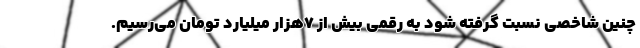
چنین شاخصی نسبت گرفته شود به رقمی بیش از ۷هزار میلیارد تومان می‌رسیم.